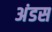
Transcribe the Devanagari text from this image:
अंडस